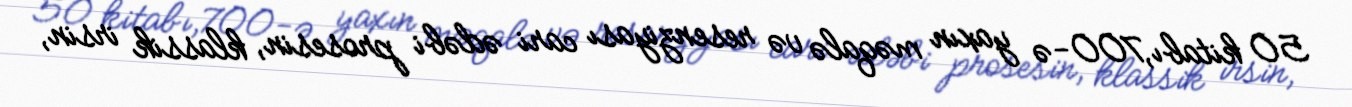
50 kitabı,700-ə yaxın məqalə və resenziyası cari ədəbi prosesin, klassik irsin,